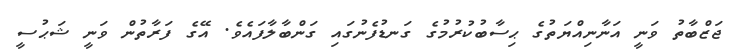
ޖަޒްބާތު ވަނީ އަނާނިއްޔަތުގެ ޙިސާބުކުރުމުގެ ގަނޑުފެނުގައި ގަންބާލާފައެވެ. އޭގެ ފަރާތުން ވަނީ ޝަޙުސީ